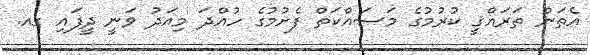
އެތަން ތަރައްޤީ ކުރުމުގެ މަސައްކަތް ފެށުމުގެ ހުއްދަ މިއަދު ވަނީ ދީފައި ގއ.